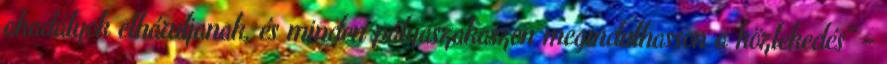
akadályok elháruljanak, és minden pályaszakaszon megindulhasson a közlekedés" -